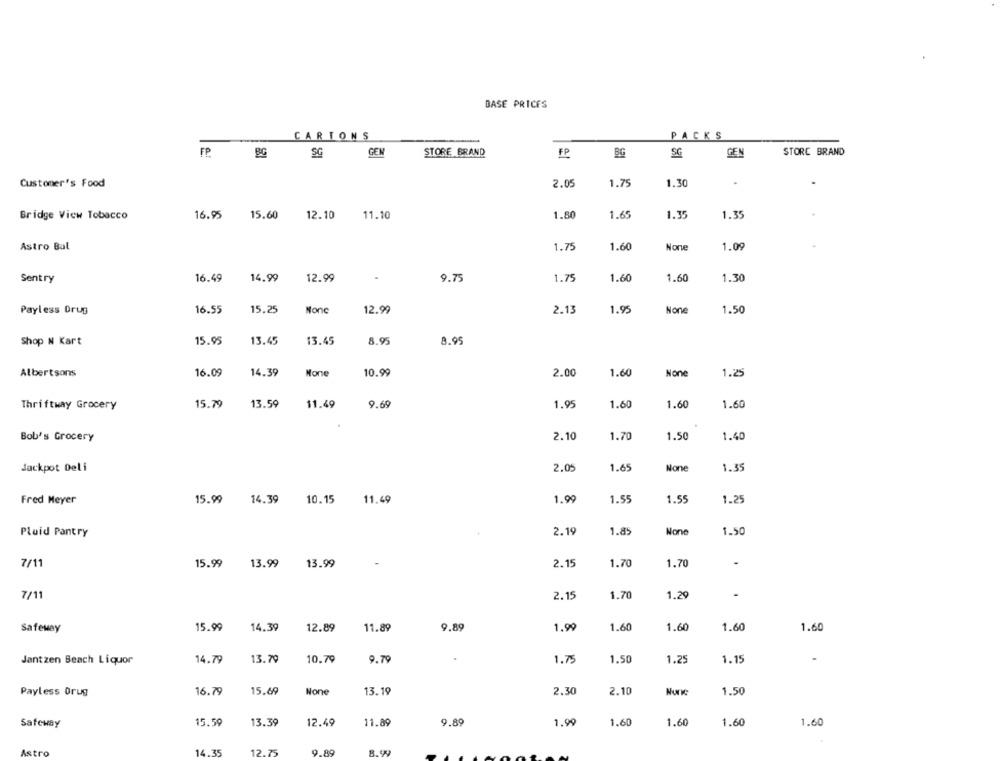
BASE PRICES
CARTONS
PACKS
FP
SG
GEN
STORE BRAND
SG
GEN
STORE BRAND
FP
BG
2.05
1.75
1.30
Customer's Food
16.95
1.35
Bridge View Tobacco
15.60
12.10
11.10
1.80
1.69
1.35
Astro Bal
1.75
1.60
1.09
Sentry
16.49
14.99
12.99
9.75
1.75
1.60
1.60
1.30
Payless Drug
16.55
15.25
Nonc
12.99
2.13
1.95
1.50
Shop N Kart
15.95
13.45
13.45
8.9
8.95
Albertsons
16.09
14.39
Mone
10.99
2.00
1.60
1.25
15.79
13.59
1.60
1.60
Thriftway Grocery
11.49
9.69
1.95
1.60
Bob's Grocery
2.10
1.70
1.50
1.40
Jackpot Deli
2.05
1.69
1.39
Fred Meyer
15.99
14.39
10.15
11.49
1.99
1.5
1.55
1.25
Pluid Pantry
2.19
1.85
1.50
7/11
15.99
13.99
13.99
2.15
1.70
1.70
7/11
2.15
1.70
1.29
Safeway
15.99
14.39
12.89
11.89
9.89
1.99
1.60
1.60
1.60
1.60
Jantzen Beach Liquor
14.79
13.79
10.79
9.79
1.75
1.50
1.25
1.15
Payless Drug
16.79
15.69
13.19
2.30
2.10
1.50
Safeway
15.59
13.39
12.49
11.89
9.89
1.99
1.60
1.60
1.60
1.60
Astro
14.35
12.75
9.80
8.90